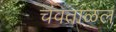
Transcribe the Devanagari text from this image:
चंवताळलं